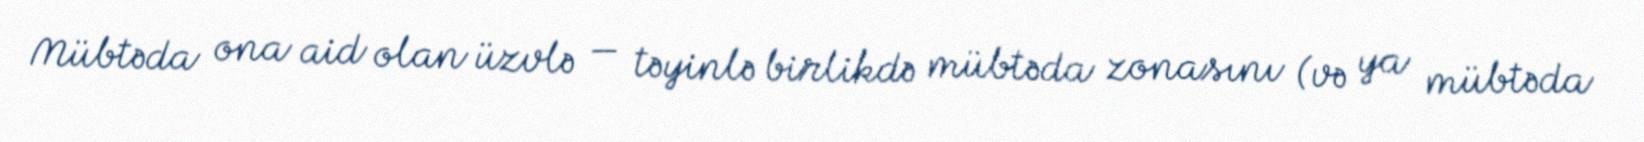
Mübtəda ona aid olan üzvlə — təyinlə birlikdə mübtəda zonasını (və ya mübtəda